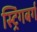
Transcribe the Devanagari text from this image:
स्ट्रिंगबर्ग